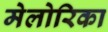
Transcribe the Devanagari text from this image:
मेलोरिका